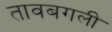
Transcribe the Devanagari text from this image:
तावबगली